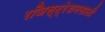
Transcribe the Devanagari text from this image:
रजिस्ट्रेशनसाठी